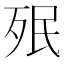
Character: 𣧟